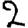
Digit: 2